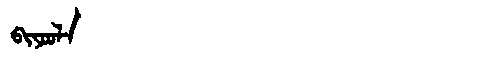
Manchu: ᠪᡳᠶᠣᠣᠯᠠ
Romanization: BIYOOLA